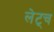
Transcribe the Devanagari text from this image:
लेट्च